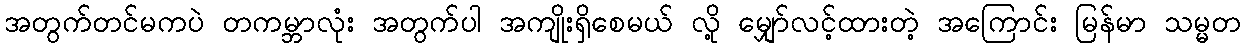
အတွက်တင်မကပဲ တကမ္ဘာလုံး အတွက်ပါ အကျိုးရှိစေမယ် လို့ မျှော်လင့်ထားတဲ့ အကြောင်း မြန်မာ သမ္မတ